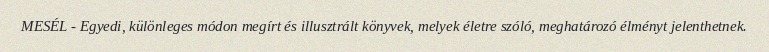
MESÉL - Egyedi, különleges módon megírt és illusztrált könyvek, melyek életre szóló, meghatározó élményt jelenthetnek.